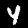
Label: 4